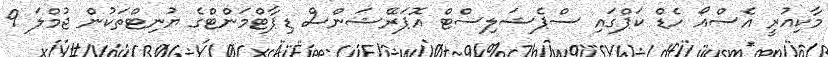
މާކިއުރީ އެސްއޯ ހެޑް ކަޕްގައި ސްޕެޝަލިސްޓް އޮޕަރޭޝަންސް ޑިޕާޓްމަންޓްގެ ޔުނިޓްތަކުން ޖުމްލަ 9